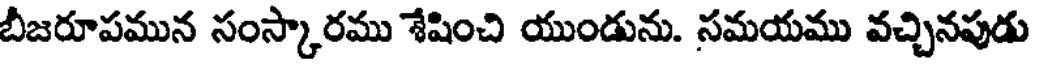
బీజరూపమున సంస్కారము శేషించి యుండును. సమయము వచ్చినపుడు